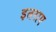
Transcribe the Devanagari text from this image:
इतराए